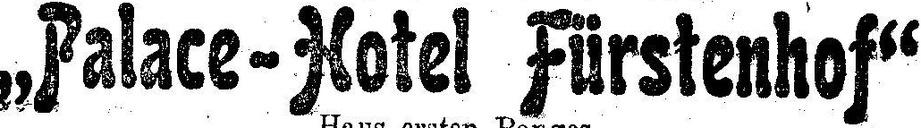
„Palace-Hotel Fürstenhof“